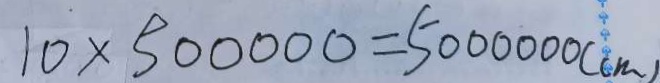
1 0 \times 5 0 0 0 0 0 = 5 0 0 0 0 0 0 ( c m )